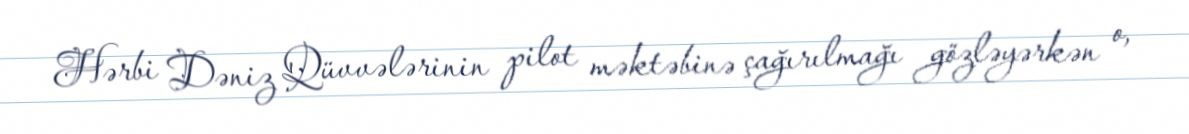
Hərbi Dəniz Qüvvələrinin pilot məktəbinə çağırılmağı gözləyərkən o,